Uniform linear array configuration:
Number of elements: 8
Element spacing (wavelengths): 0.75
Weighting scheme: binomial
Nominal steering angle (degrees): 15
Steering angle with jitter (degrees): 15.395
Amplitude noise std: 0.05
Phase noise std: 0.05

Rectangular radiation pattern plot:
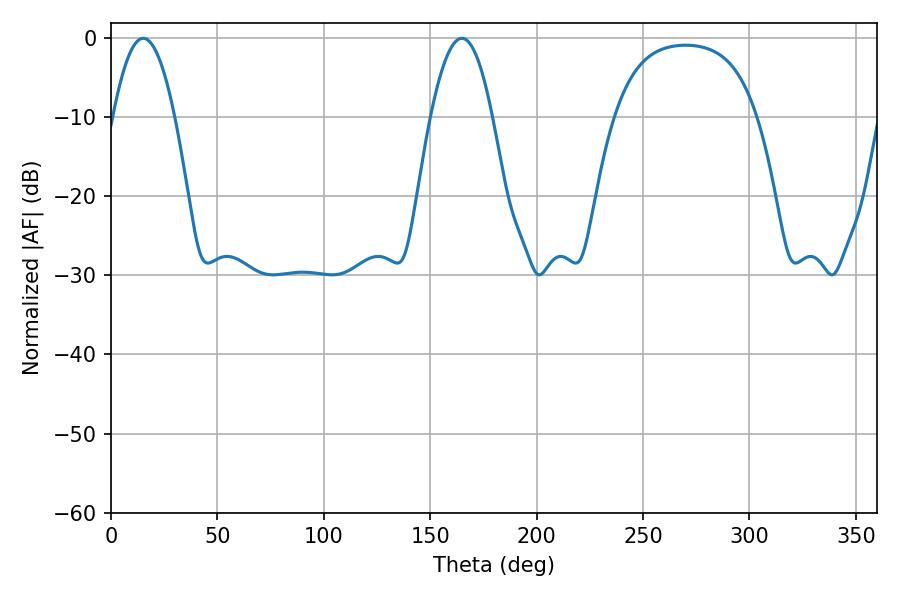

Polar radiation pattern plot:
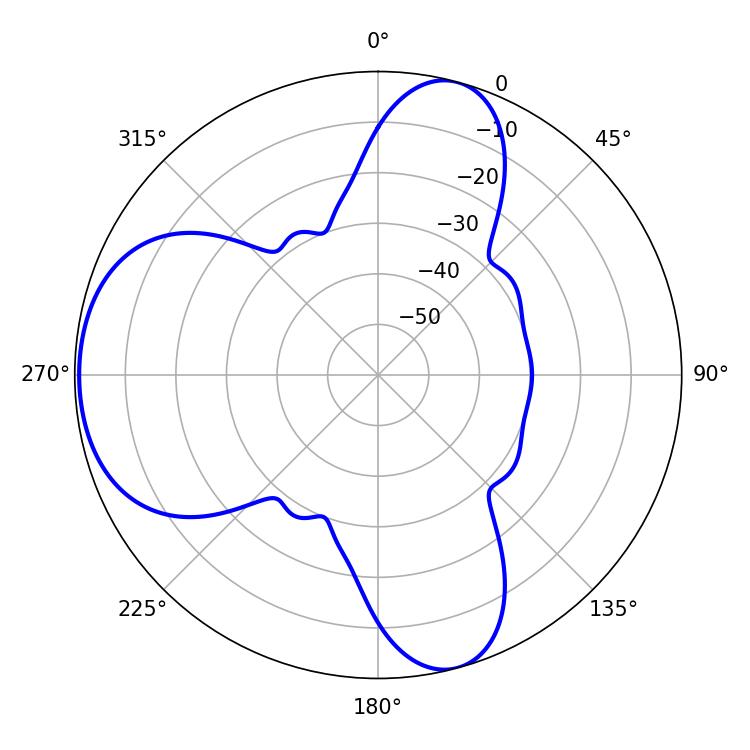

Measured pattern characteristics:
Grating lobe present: TRUE
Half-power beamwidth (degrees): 15.84
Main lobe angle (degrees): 15.12